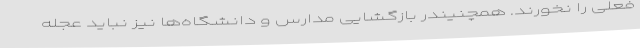
فعلی را نخورند. همچنیندر بازگشایی مدارس و دانشگاه‌ها نیز نباید عجله